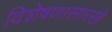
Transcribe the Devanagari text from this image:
विशेषणासारखे